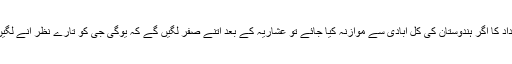
اس تعداد کا اگر ہندوستان کی کل آبادی سے موازنہ کیا جائے تو عشاریہ کے بعد اتنے صفر لگیں گے کہ یوگی جی کو تارے نظر آنے لگیں گے۔